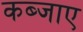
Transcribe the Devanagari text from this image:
कब्जाए